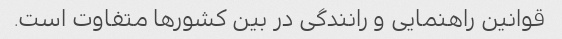
قوانین راهنمایی و رانندگی در بین کشورها متفاوت است.